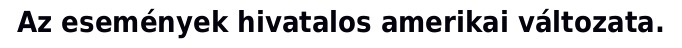
Az események hivatalos amerikai változata.